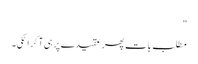
"
مطلب بات پھر عقیدے پر ہی آ کر اٹکی۔